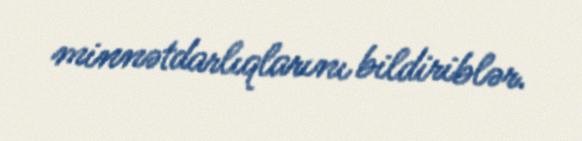
minnətdarlıqlarını bildiriblər.